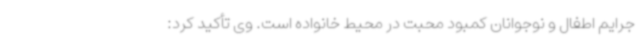
جرایم اطفال و نوجوانان کمبود محبت در محیط خانواده است. وی تأکید کرد: